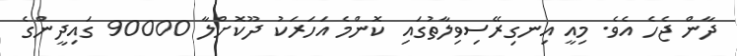
ދާން ޖެހެ އެވެ. މިއީ އިނގިރޭސިވިލާތުގައި ކޮންމެ އަހަރަކު ދޫކޮށްލާ 90000 ގައިދީންގެ